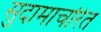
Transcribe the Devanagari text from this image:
सुदामाचरित